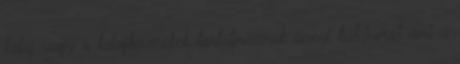
talaj vagy a talajkeverékek tartalmaznak annyi kalciumot ami a